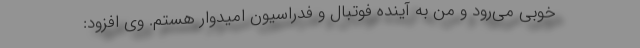
خوبی می‌رود و من به آینده فوتبال و فدراسیون امیدوار هستم. وی افزود: